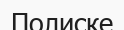
Полиске